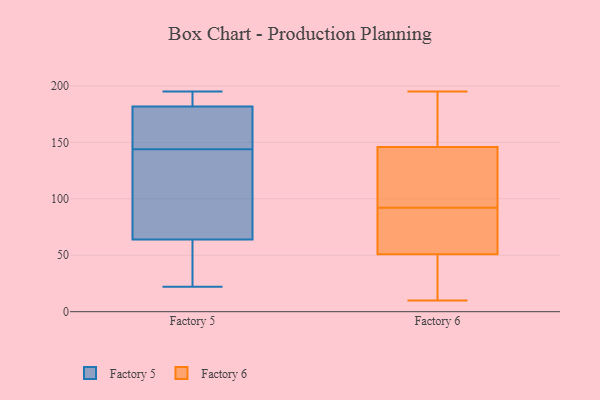
{"axis": {"x": "Backlog", "y": "Value"}, "legend": ["Factory 5", "Factory 6"], "data": [{"x": "", "y": 144, "type": "Factory 5"}, {"x": "", "y": 22, "type": "Factory 5"}, {"x": "", "y": 182, "type": "Factory 5"}, {"x": "", "y": 121, "type": "Factory 5"}, {"x": "", "y": 45, "type": "Factory 5"}, {"x": "", "y": 195, "type": "Factory 5"}, {"x": "", "y": 24, "type": "Factory 5"}, {"x": "", "y": 181, "type": "Factory 5"}, {"x": "", "y": 142, "type": "Factory 5"}, {"x": "", "y": 185, "type": "Factory 5"}, {"x": "", "y": 181, "type": "Factory 5"}, {"x": "", "y": 132, "type": "Factory 6"}, {"x": "", "y": 195, "type": "Factory 6"}, {"x": "", "y": 10, "type": "Factory 6"}, {"x": "", "y": 72, "type": "Factory 6"}, {"x": "", "y": 146, "type": "Factory 6"}, {"x": "", "y": 164, "type": "Factory 6"}, {"x": "", "y": 51, "type": "Factory 6"}, {"x": "", "y": 51, "type": "Factory 6"}, {"x": "", "y": 112, "type": "Factory 6"}, {"x": "", "y": 55, "type": "Factory 6"}]}